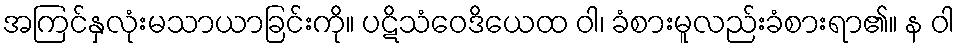
အကြင်နှလုံးမသာယာခြင်းကို။ ပဋိသံဝေဒိယေထ ဝါ၊ ခံစားမူလည်းခံစားရာ၏။ န ဝါ